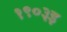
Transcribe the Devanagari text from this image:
१९०३इ